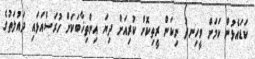
ކަޑައެޅުން ކަމަށް ވީހިނދު ނިކަން ރީތިކޮށް ކުރިއަށް ދިޔަ އިންތިޚާބަކަށް ހުރަސްއަޅައި ދައުލަތުގެ